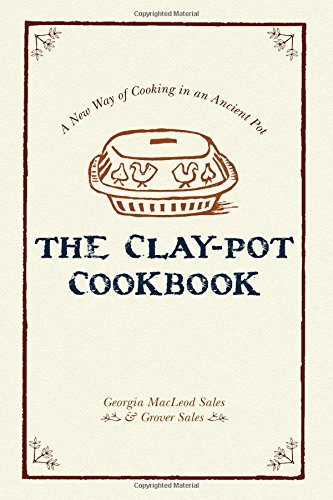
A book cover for The Clay-Pot Cookbook; Georgia Sales; Cookbooks, Food & Wine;